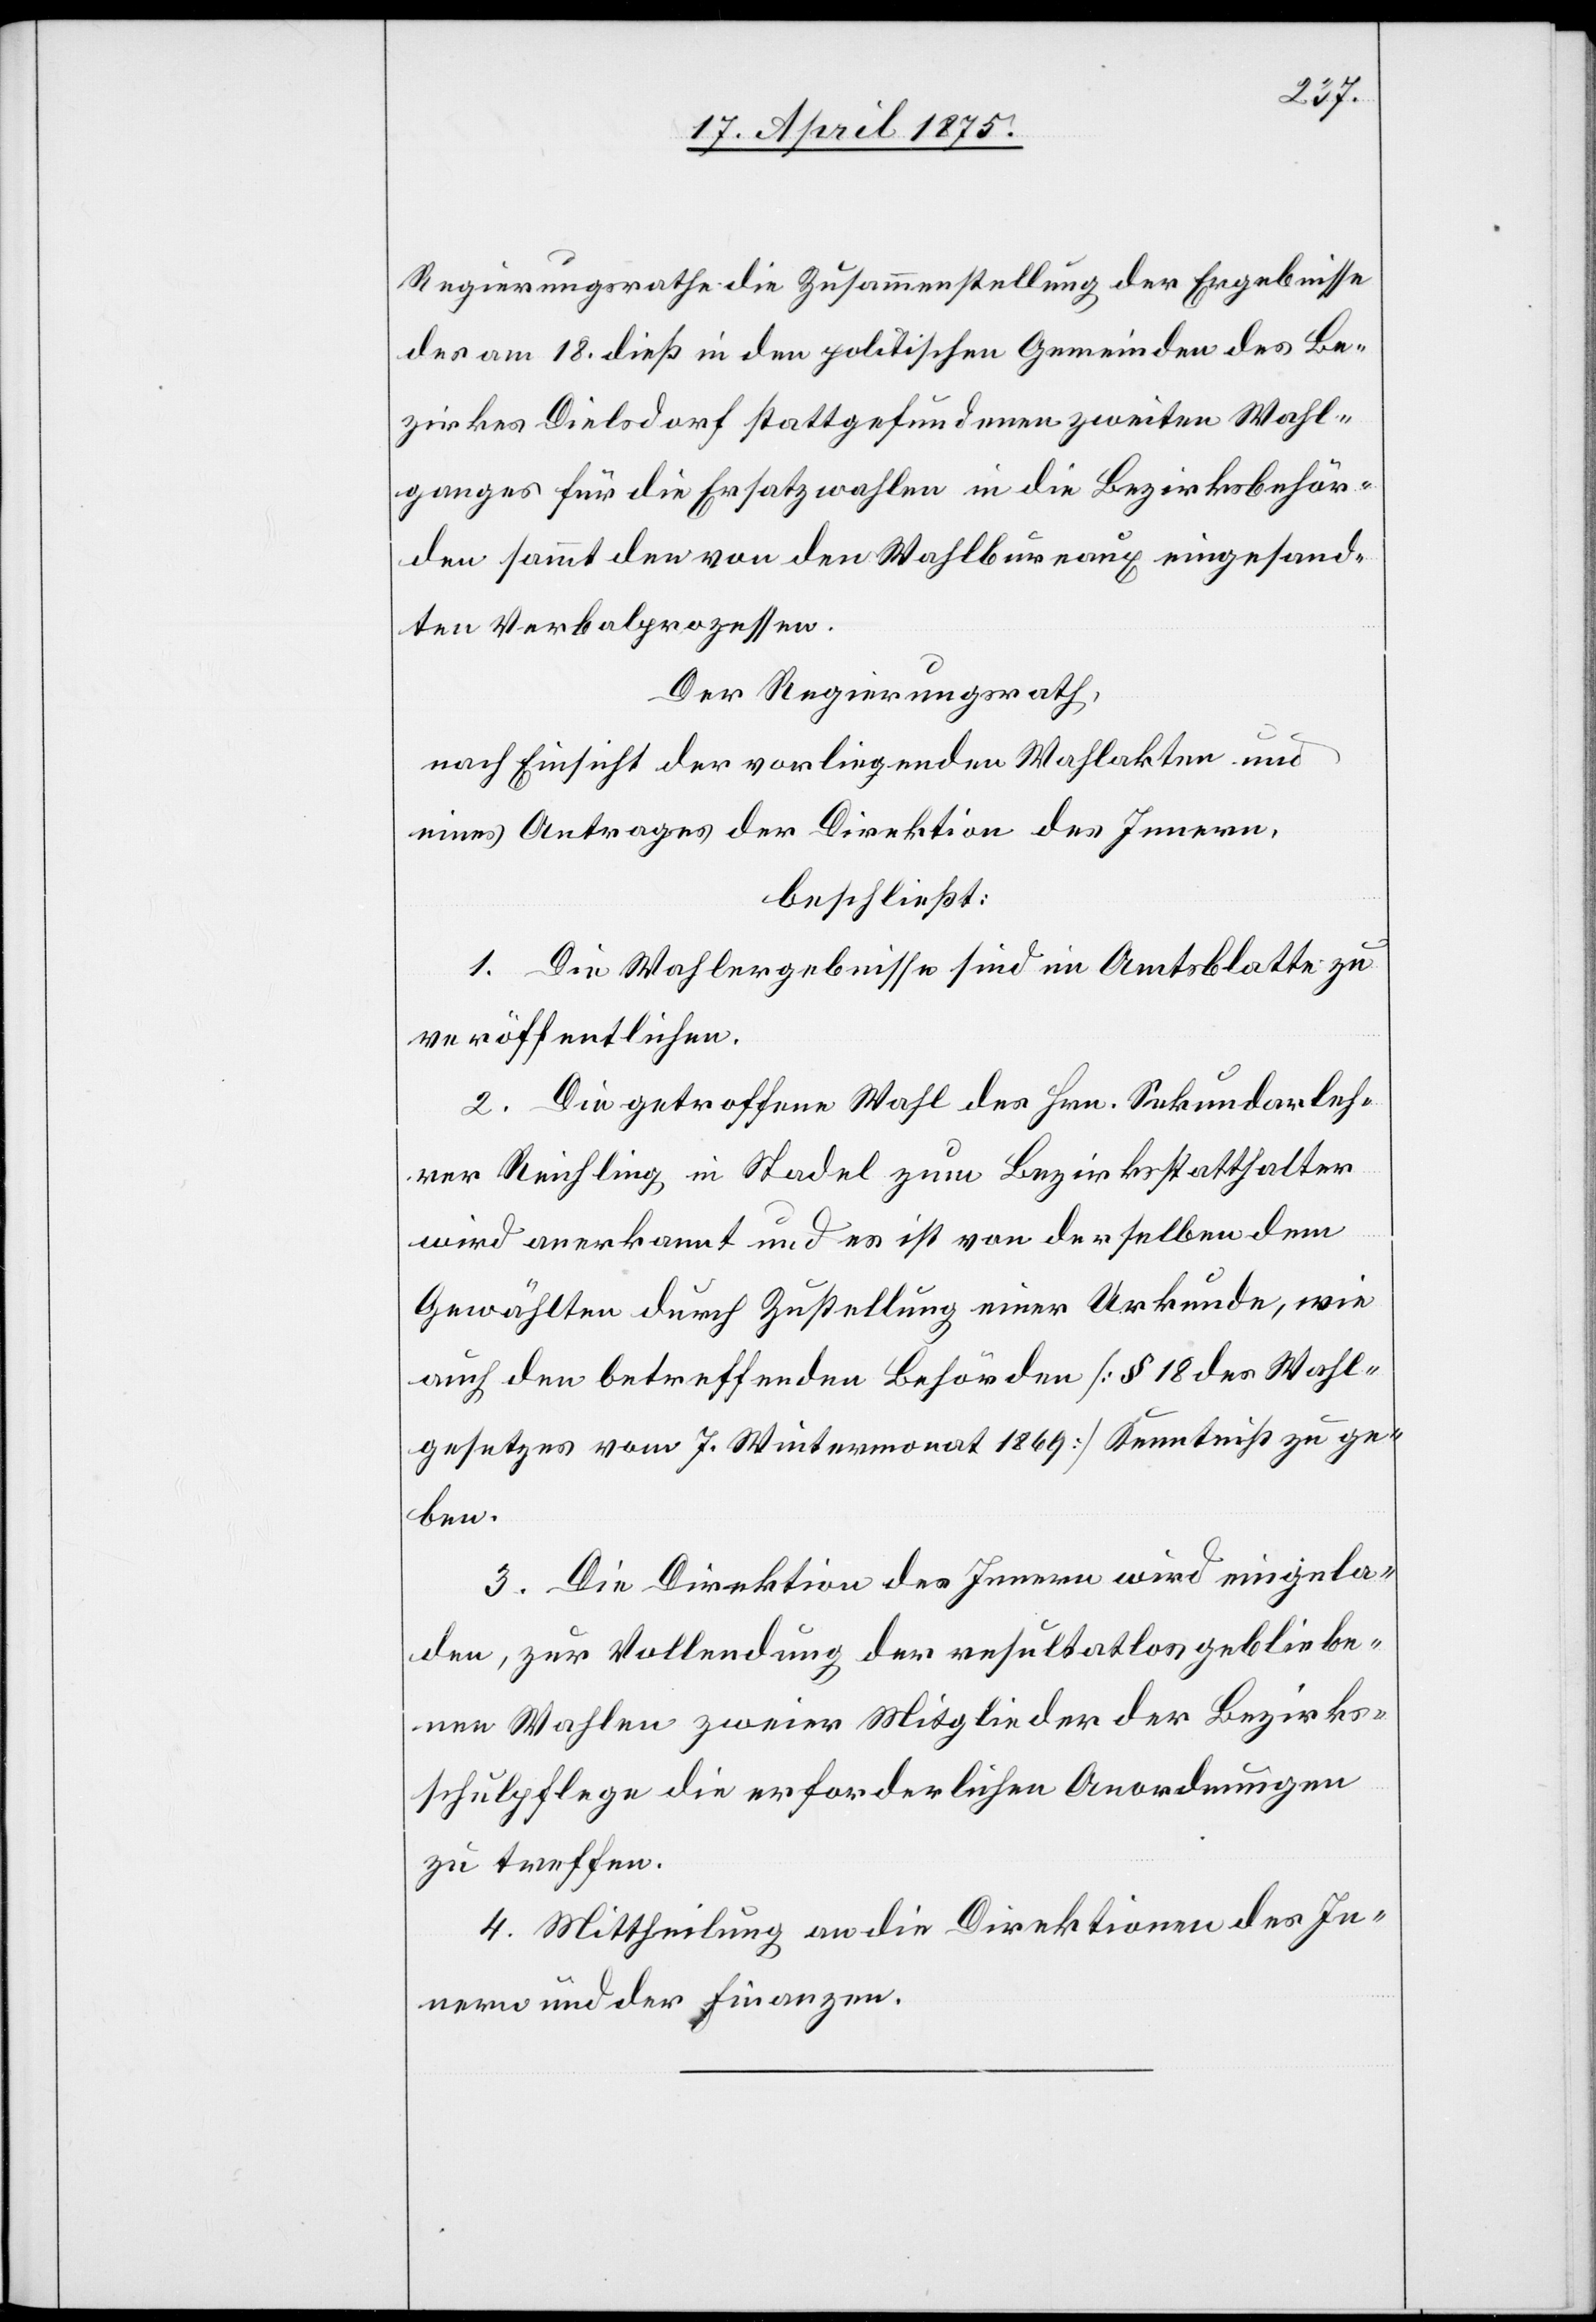
Regierungsrathe die Zusammenstellung der Ergebnisse
des am 18. dieß in den politischen Gemeinden des Be¬
zirkes Dielsdorf stattgefundenen zweiten Wahl¬
ganges für die Ersatzwahlen in die Bezirksbehör¬
de sammt den von den Wahlbureaux eingesand¬
ten Verbalprozessen.
Der Regierungsrath,
nach Einsicht der vorliegenden Wahlakten und
eines Antrages der Direktion des innern,
beschließt:
1. Die Wahlergebnisse sind im Amtsblatte zu
veröffentlichen.
2. Die getroffene Wahl des Hrn. Sekundarleh¬
rer Reichling in Stadel zum Bezirksstatthalter
wird anerkannt und es ist von derselben dem
Gewählten durch Zustellung einer Urkunde, wie
auch den betreffenden Behörden [§ 18 des Wahl¬
gesetzes vom 7. Wintermonat 1869] Kenntniß zu ge¬
ben.
3. Die Direktion des innern wird eingela¬
den, zur Vollendung der resultatlos gebliebe¬
nen Wahlen zweier Mitglieder der Bezirks¬
schulpflege die erforderlichen Anordnungen
zu treffen.
4. Mittheilung an die Direktionen des In¬
nern und der Finanzen.